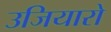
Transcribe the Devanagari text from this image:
उजियारो